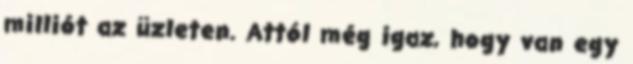
milliót az üzleten. Attól még igaz, hogy van egy